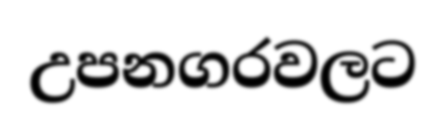
උපනගරවලට